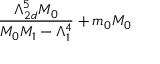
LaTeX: \frac { \Lambda _ { 2 d } ^ { 5 } M _ { 0 } } { M _ { 0 } M _ { 1 } - \Lambda _ { 1 } ^ { 4 } } + m _ { 0 } M _ { 0 }